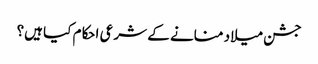
جشن میلاد منانے کے شرعی احکام کیا ہیں؟